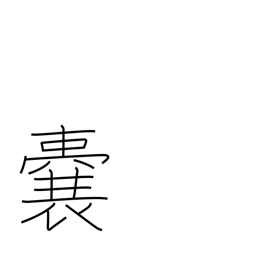
Meaning: purse